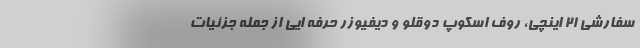
سفارشی 21 اینچی، روف اسکوپ دوقلو و دیفیوزر حرفه ایی از جمله جزئیات